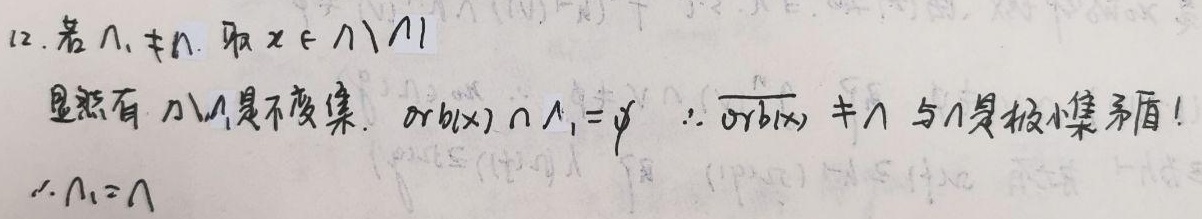
12. 若 $\Lambda_1\neq\Lambda$。取 $x\in\Lambda\setminus\Lambda_1$，显然有 $\Lambda\setminus\Lambda_1$ 是不变集。$orb(x)\cap\Lambda_1 = \varnothing$，$\therefore\overline{orb(x)}\neq\Lambda$，与 $\Lambda$ 是极小集矛盾！$\therefore\Lambda_1=\Lambda$